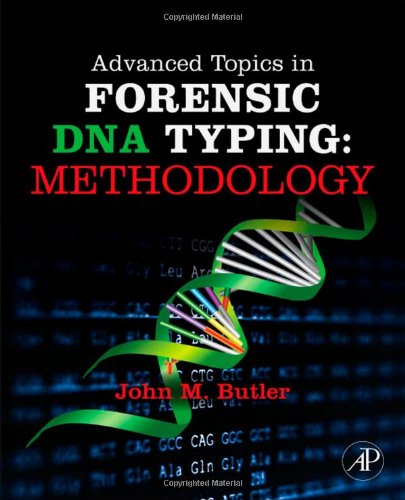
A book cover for Advanced Topics in Forensic DNA Typing: Methodology; John M. Butler; Law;